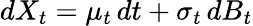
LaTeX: dX_{t}=\mu_{t}\, dt+\sigma_{t}\, dB_{t}